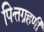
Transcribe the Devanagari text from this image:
पित्तग्रहणी